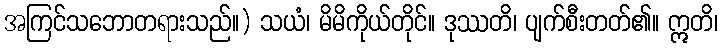
အကြင်သဘောတရားသည်။) သယံ၊ မိမိကိုယ်တိုင်။ ဒုဿတိ၊ ပျက်စီးတတ်၏။ ဣတိ၊